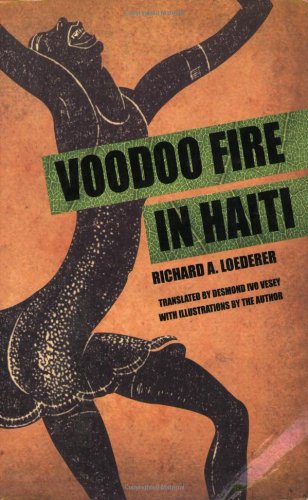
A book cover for Voodoo Fire In Haiti; Richard Loederer; Travel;